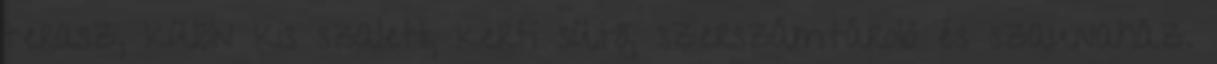
terasz, külön kis szaletli, kerti sütő, szerszámtároló és szaunaház.